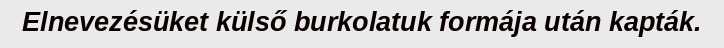
Elnevezésüket külső burkolatuk formája után kapták.